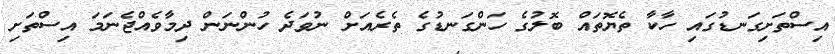
އިސްތަށިގަނޑުގައި ހާކާ ތެޔޮތައް ބޮލުގެ ހަންގަނޑުގެ ތެރެއަށް ނުވަދެ ހުންނަން ދިމާވެއްޖެނަމަ އިސްތަށި